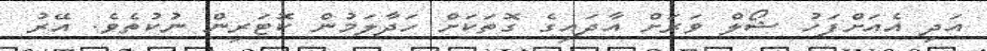
އަދި އެއަށްފަހު ޝޯލް ވަރަށް އާދައިގެ ގޮތަކަށް ހަދާލަމުން ކޮޓަރިން ނުކުތެވެ. އޭރު